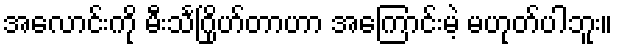
အလောင်းကို မီးသင်္ဂြိုဟ်တာဟာ အကြောင်းမဲ့ မဟုတ်ပါဘူး။